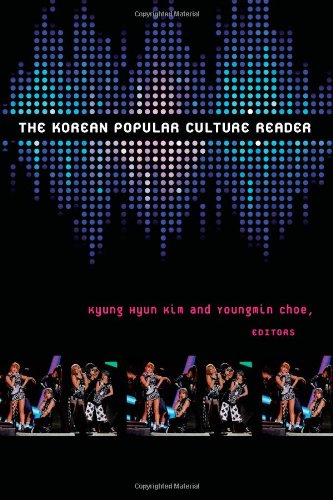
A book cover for The Korean Popular Culture Reader; History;